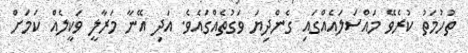
ތުހުމަތު ކުރެވޭ މައްސަލައެއްގައި ގެންދިޔަ ވަގުތެއްގައެވެ. އަދި އޭނާ މަރާލީ ވަކީލެއް ކަމަށް